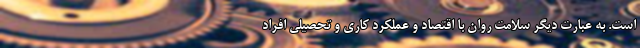
است. به عبارت دیگر سلامت روان با اقتصاد و عملکرد کاری و تحصیلی افراد